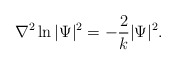
\begin{align*}\nabla ^2\ln |\Psi |^2 = -\frac {2}{k}|\Psi|^{2}.\end{align*}